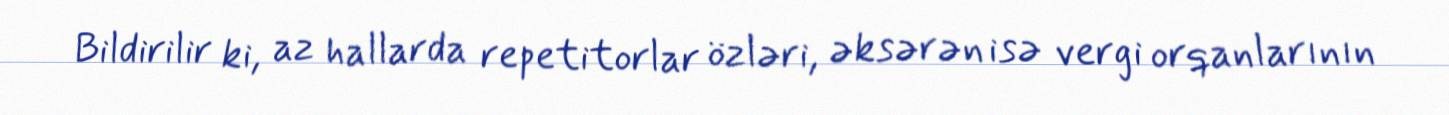
Bildirilir ki, az hallarda repetitorlar özləri, əksərən isə vergi orqanlarının